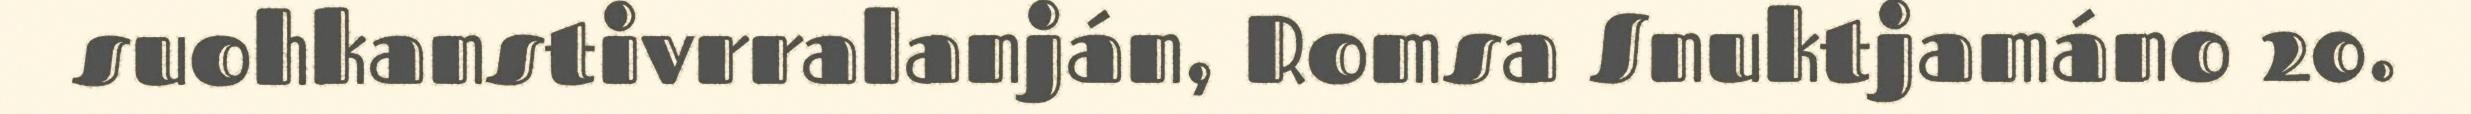
suohkanstivrralanján, Romsa Snuktjamáno 20.